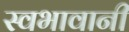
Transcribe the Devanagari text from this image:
स्वभावानी